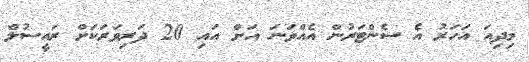
މިދިއަ އަހަރު އެ ސެންޓަރުން އެއްވަނަ އަށް އައި 20 ދަރިވަރަކަށް ރައީސުލް